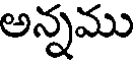
అన్నము